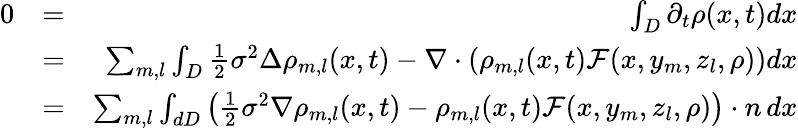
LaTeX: \begin{array}{rlr}{0}&{=}&{\int_{D}\partial_{t}\rho(x,t)dx}\\ &{=}&{\sum_{m,l}\int_{D}\frac{1}{2}\sigma^{2}\Delta\rho_{m,l}(x,t)-\nabla\cdot\left(\rho_{m,l}(x,t)\mathcal F(x,y_{m},z_{l},\rho)\right)dx}\\ &{=}&{\sum_{m,l}\int_{dD}\left(\frac{1}{2}\sigma^{2}\nabla\rho_{m,l}(x,t)-\rho_{m,l}(x,t)\mathcal F(x,y_{m},z_{l},\rho)\right)\cdot n\, dx}\end{array}